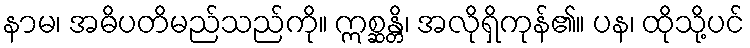
နာမ၊ အဓိပတိမည်သည်ကို။ ဣစ္ဆန္တိ၊ အလိုရှိကုန်၏။ ပန၊ ထိုသို့ပင်